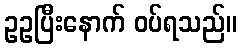
ဥဥပြီးနောက် ဝပ်ရသည်။